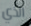
الذي